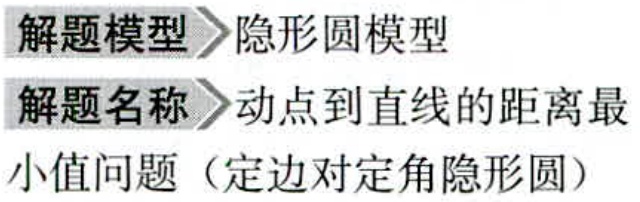
解题模型\rightarrow 隐形圆模型

解题名称\rightarrow 动点到直线的距离最

小值问题（定边对定角隐形圆）